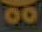
00